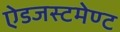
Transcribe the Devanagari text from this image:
ऐडजस्टमेण्ट